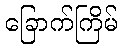
ခြောက်ကြိမ်